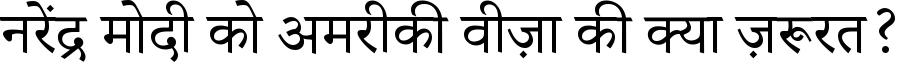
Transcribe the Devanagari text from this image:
नरेंद्र मोदी को अमरीकी वीज़ा की क्या ज़रूरत?